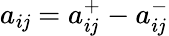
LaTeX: a_{i\mathit{j}}=a_{i\mathit{j}}^{+}-a_{i\mathit{j}}^{-}